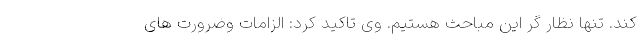
کند. تنها نظار گر این مباحث هستیم. وی تاکید کرد: الزامات وضرورت های